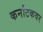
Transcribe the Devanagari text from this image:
कर्नाटकवर